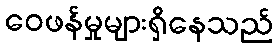
ဝေဖန်မှုများရှိနေသည်